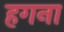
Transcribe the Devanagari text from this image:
हगना